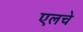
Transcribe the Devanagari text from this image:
एलचे